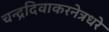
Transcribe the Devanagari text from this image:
चन्द्रदिवाकरनेत्रधरे